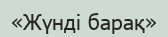
«Жүнді барақ»